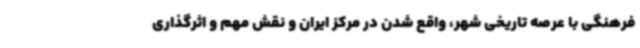
فرهنگی با عرصه تاریخی شهر، واقع شدن در مرکز ایران و نقش مهم و اثرگذاری